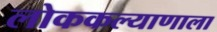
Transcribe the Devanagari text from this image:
लोककल्याणाला